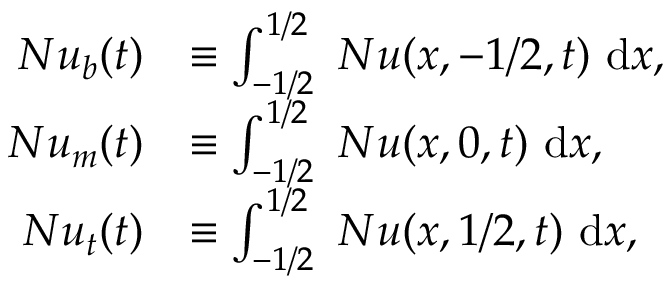
\begin{array} { r l } { N u _ { b } ( t ) } & { \equiv \int _ { - 1 / 2 } ^ { 1 / 2 } ~ N u ( x , - 1 / 2 , t ) ~ \mathrm { d } x , } \\ { N u _ { m } ( t ) } & { \equiv \int _ { - 1 / 2 } ^ { 1 / 2 } ~ N u ( x , 0 , t ) ~ \mathrm { d } x , } \\ { N u _ { t } ( t ) } & { \equiv \int _ { - 1 / 2 } ^ { 1 / 2 } ~ N u ( x , 1 / 2 , t ) ~ \mathrm { d } x , } \end{array}